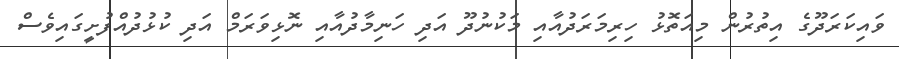
ވައިކަރަދޫގެ އިތުރުން މިއަތޮޅު ހިރިމަރަދުއާއި މަކުނުދޫ އަދި ހަނިމާދުއާއި ނޮޅިވަރަމް އަދި ކުޅުދުއްފުށީގައިވެސް